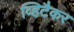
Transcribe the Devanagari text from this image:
व्हिटैकर